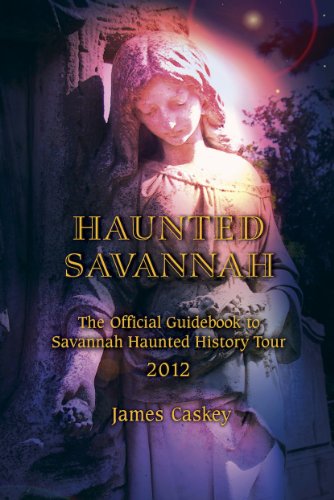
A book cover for Haunted Savannah: The Official Guidebook to Savannah Haunted History Tour; James Caskey; Travel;